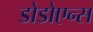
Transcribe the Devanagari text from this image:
डोडोएन्स